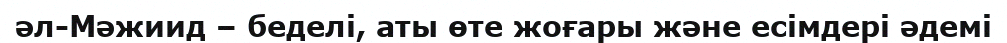
әл-Мәжиид – беделі, аты өте жоғары және есімдері әдемі